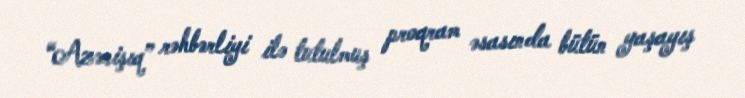
“Azərişıq” rəhbərliyi ilə tutulmuş proqram əsasında bütün yaşayış